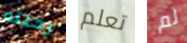
رحلته تعلم لم